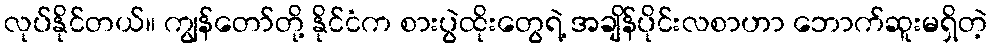
လုပ်နိုင်တယ်။ ကျွန်တော်တို့ နိုင်ငံက စားပွဲထိုးတွေရဲ့ အချိန်ပိုင်းလစာဟာ ဘောက်ဆူးမရှိတဲ့